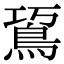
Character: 䲾